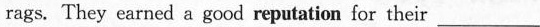
rags. They earned a good reputation for their ___